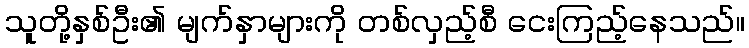
သူတို့နှစ်ဦး၏ မျက်နှာများကို တစ်လှည့်စီ ငေးကြည့်နေသည်။